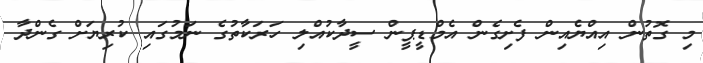
މި ގޮތުން އިއްޔެއިން ފެށިގެން އެމްޑީޕީން ސީދާކުއްލި ހަރަކާތުގެ ނަމުގައި ކުރިޔަށް ގެންދާ